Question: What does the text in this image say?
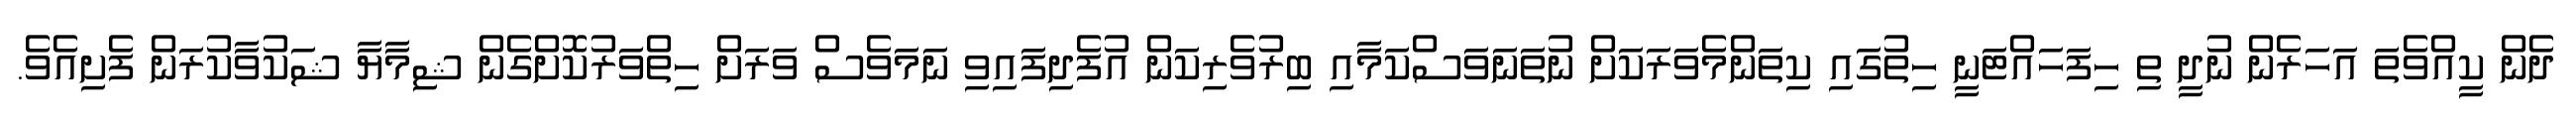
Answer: ދެން ކީއްވެތަ އަހަރެން ނުދީ ތި ހިފަހައްޓަނީ ހިތުގައި ކިތަންމެވަރަކަށް ނުތަނަވަސްކަމާއި ބިރުވެރިކަން އުފެދިފައިވި ނަމަވެސް ވަރަށް ހިތްވަރުކޮށްގެން ޝިމާޔާ ޝަކުވާކުރަން ފެށިއެވެ.